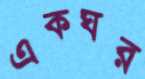
একঘর